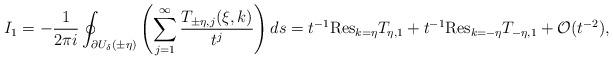
LaTeX: \begin{align*} I_1&=-\frac{1}{2\pi i}\oint_{\partial U_{\delta}(\pm\eta)}\left(\sum_{j=1}^{\infty}\frac{T_{\pm\eta, j}(\xi,k)}{t^j}\right)ds =t^{-1}\textnormal{Res}_{k=\eta}T_{\eta,1}+t^{-1}\textnormal{Res}_{k=-\eta}T_{-\eta,1}+\mathcal{O}(t^{-2}),\end{align*}